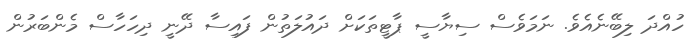
ހުއްދަ ލިބޭނެއެވެ. ނަމަވެސް ސިޔާސީ ޕާޓީތަކަށް ދައުލަތުން ފައިސާ ދޭނީ ދިހަހާސް މެންބަރުން